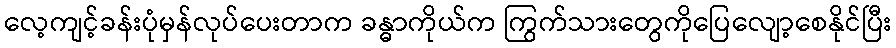
လေ့ကျင့်ခန်းပုံမှန်လုပ်ပေးတာက ခန္ဓာကိုယ်က ကြွက်သားတွေကိုပြေလျော့စေနိုင်ပြီး